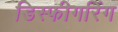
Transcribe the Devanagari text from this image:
डिस्फीगरिंग